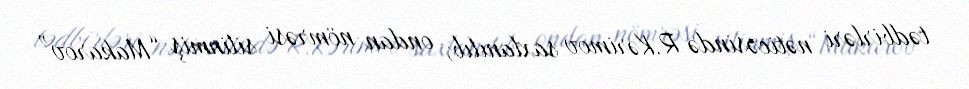
tədbirləri nəticəsində R.Kərimov saxlanılıb, ondan nömrəsi silinmiş “Makarov”